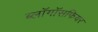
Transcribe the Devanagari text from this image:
ब्लॉगॉसफियर